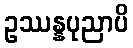
ဥဿန္နပုညာပိ